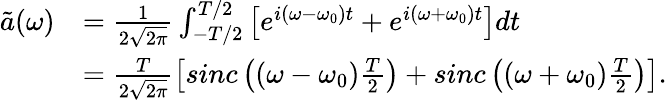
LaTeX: \begin{array}{rl}{\tilde{a}(\omega)}&{=\frac{1}{2\sqrt{2\pi}}\int_{-T/2}^{T/2}\left[e^{i\left(\omega-\omega_{0}\right)t}+e^{i\left(\omega+\omega_{0}\right)t}\right]dt\, }\\ &{=\frac{T}{2\sqrt{2\pi}}\left[sinc\left(\left(\omega-\omega_{0}\right)\frac{T}{2}\right)+sinc\left(\left(\omega+\omega_{0}\right)\frac{T}{2}\right)\right].}\end{array}